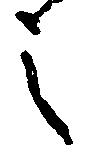
之